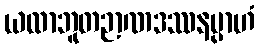
ယထာဘူတဉာဏဒဿနမ္ပာဟံ